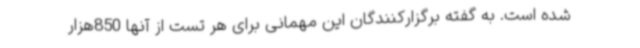
شده است. به گفته برگزارکنندگان این مهمانی برای هر تست از آنها 850‌هزار